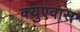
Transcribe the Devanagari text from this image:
क्युएवास